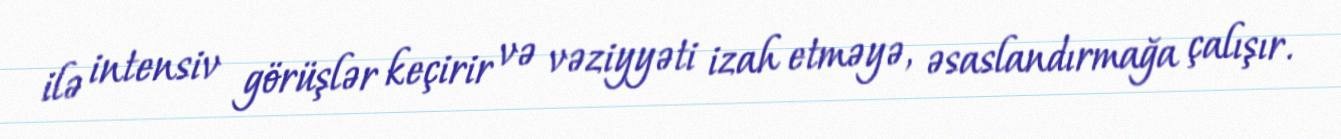
ilə intensiv görüşlər keçirir və vəziyyəti izah etməyə, əsaslandırmağa çalışır.